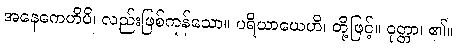
အနေကေဟိပိ၊ လည်းဖြစ်ကုန်သော။ ပရိယာယေဟိ၊ တို့ဖြင့်။ ဝုတ္တာ၊ ၏။